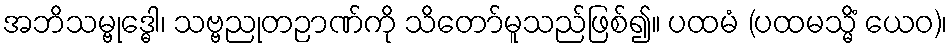
အဘိသမ္ဗုဒ္ဓေါ၊ သဗ္ဗညုတဉာဏ်ကို သိတော်မူသည်ဖြစ်၍။ ပထမံ (ပထမသ္မိံ ယေဝ)၊